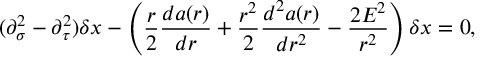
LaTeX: ( \partial _ { \sigma } ^ { 2 } - \partial _ { \tau } ^ { 2 } ) \delta x - \left( \frac { r } { 2 } \frac { d a ( r ) } { d r } + \frac { r ^ { 2 } } { 2 } \frac { d ^ { 2 } a ( r ) } { d r ^ { 2 } } - \frac { 2 E ^ { 2 } } { r ^ { 2 } } \right) \delta x = 0 ,